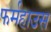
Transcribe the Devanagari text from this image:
फर्महाउस